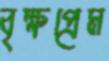
বৃক্ষপ্রেম